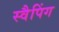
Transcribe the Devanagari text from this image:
स्वैपिंग